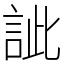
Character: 訿